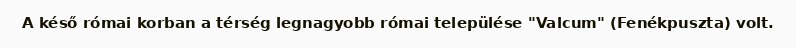
A késő római korban a térség legnagyobb római települése "Valcum" (Fenékpuszta) volt.